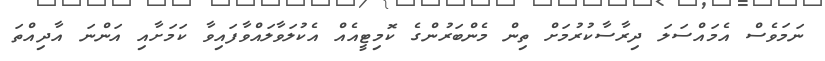
ނަމަވެސް އެމައްސަލަ ދިރާސާކުރުމަށް ތިން މެންބަރުންގެ ކޮމިޓީއެއް އެކުލަވާލައްވާފައިވާ ކަމަށާއި އަންނަ އާދިއްތަ